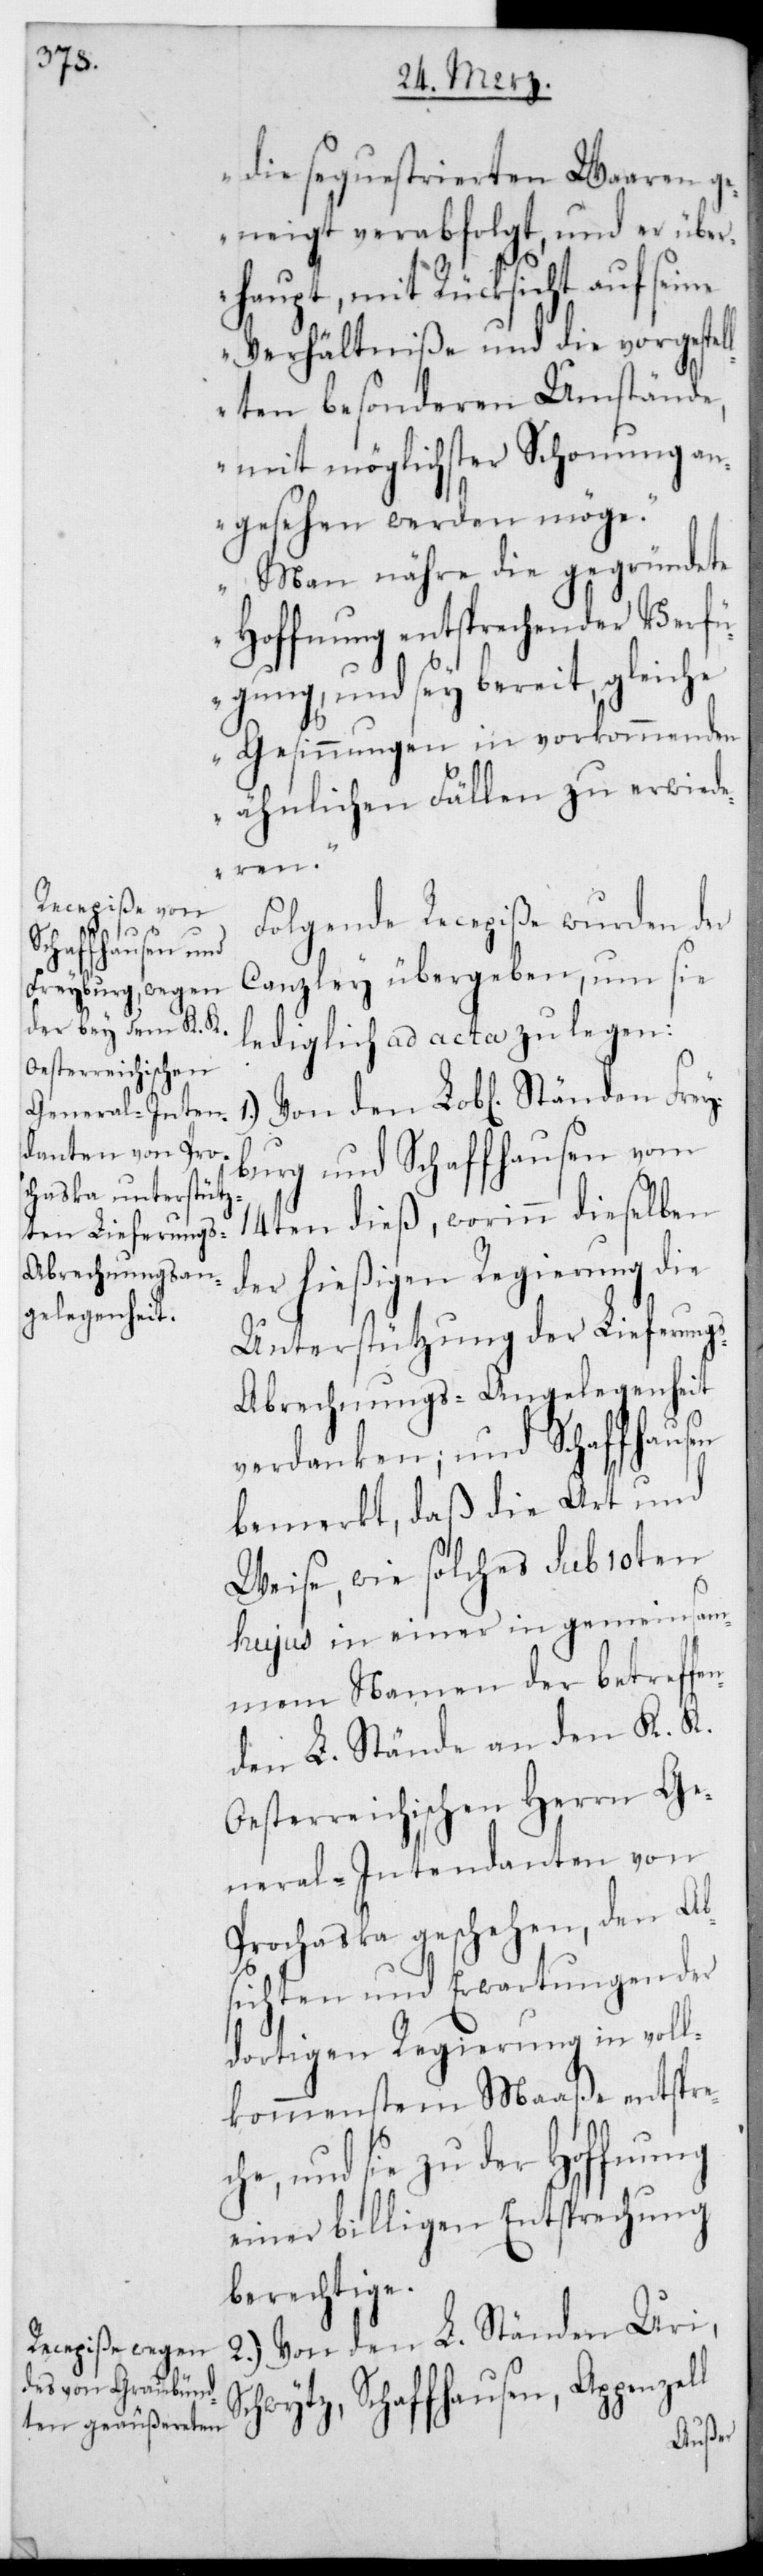
Schaffhausen,

die sequestrierten Waren ge¬
neigt verabfolgt, und er über¬
haupt, mit Rücksicht auf seine
Verhältniße und die vorgestel¬
lten besonderen Umstände,
mit möglichster Schonung an¬
gesehen werden möge.
Man nähre die gegründete
Hoffnung entsprechender Verfü¬
gung, und sey bereit, gleiche
Gesinnungen in vorkommenden
ähnlichen Fällen zu erwid¬
eren.
Folgende Recepiße wurden der
Canzley übergeben, um sie
lediglich ad acta zu legen:
1.) Von den L. Ständen Frey¬
burg und Schaffhausen vom
14ten dieß, worinn dieselben
der hießigen Regierung die
Unterstützung der Lieferung¬
s-Abrechnungs-Angelegenheit
verdanken; und Schaffhausen
bemerkt, daß die Art und
Weise, wie solches sub 10ten
hujus in einer in gemeinsam¬
em Namen der betreffe¬
nden L. Ständen an den K. K.
Oesterreichischen Herrn Ge¬
neral-Intendanten von
Prochaska geschehen, den Ab¬
sichten und Erwartungen der
dortigen Regierung in voll¬
kommenstem Maaße entspre¬
e, und sie zu der Hoffnung
einer billigen Entsprechung
berechtige.
2.) Von den L. Ständen Uri,
ch¬